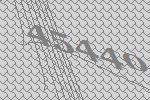
45440